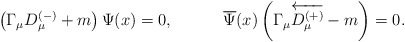
\begin{align*}\left( \Gamma _\mu D_\mu ^{(-)}+m\right) \Psi (x)=0 ,\hspace{0.5in}\overline{ \Psi }(x)\left( \Gamma _\mu\overleftarrow{D_\mu ^{(+)}}-m\right) =0 .\end{align*}